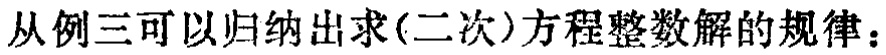
从例三可以归纳出求(二次)方程整数解的规律：